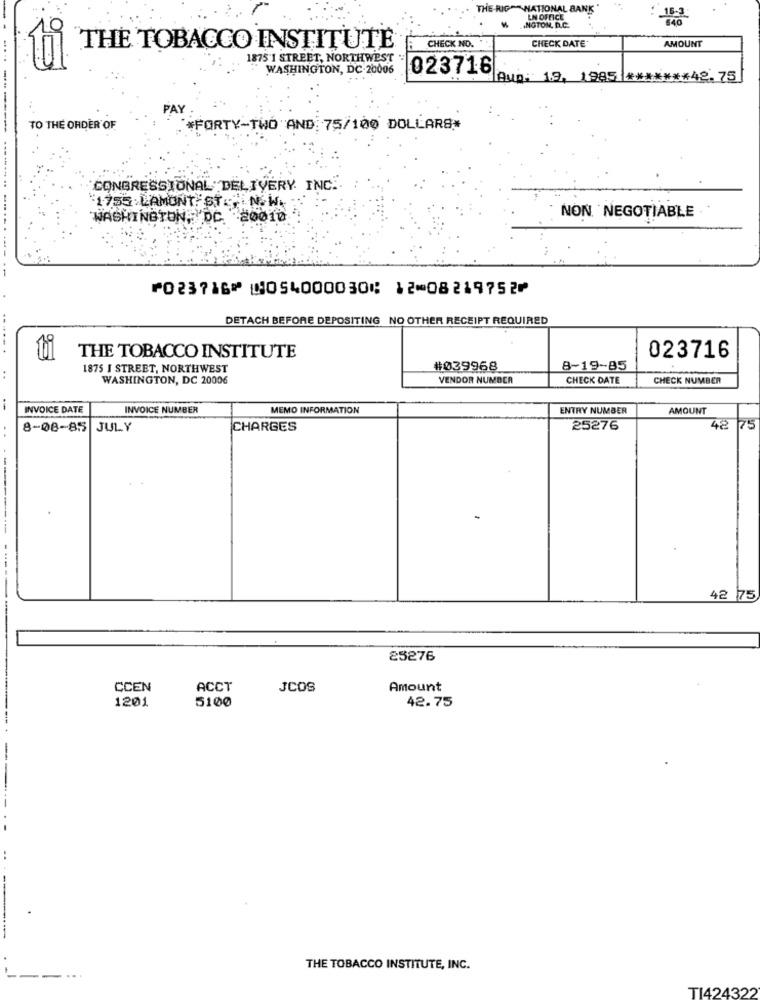
THE RIGHT NATIONAL BANK
LN OFFICE
NGTON, D.C.
CHECK DATE*
AMOUNT
THE TOBACCO INSTITUTE
CHECK NO.
1875 1 STREET, NORTHWEST
WASHINGTON, DC-20006
023716
Avp: 19, 1985 ******** 42.75
PAY
-- +
TO THE ORDER OF
#FORTY-TWO AND 75/100 DOLLARS*
CONGRESSIONAL DELIVERY INC.
1755 LAMONT ST ., N. W.
WASHINGTON, DC.
-20010
NON NEGOTIABLE
⑈023716⑈ ⑆054000030⑆ 12⑉08219752⑈
DETACH BEFORE DEPOSITING NO OTHER RECEIPT REQUIRED
THE TOBACCO INSTITUTE
023716
1875 I STREET, NORTHWEST
#039968
8-19-85
WASHINGTON, DC 20006
VENDOR NUMBER
CHECK DATE
CHECK NUMBER
-
INVOICE DATE
INVOICE NUMBER
MEMO INFORMATION
ENTRY NUMBER
AMOUNT
8-08-85 JULY
CHARGES
25276
42
75
..
------
---
42 75
₴5276
CCEN
ACCT
JCOS
Amount
1201
5100
42.75
THE TOBACCO INSTITUTE, INC.
TI424322